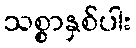
သစ္စာနှစ်ပါး